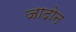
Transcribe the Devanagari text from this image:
जादोन